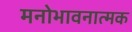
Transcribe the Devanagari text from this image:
मनोभावनात्मक